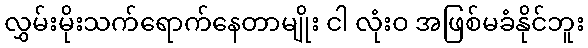
လွှမ်းမိုးသက်ရောက်နေတာမျိုး ငါ လုံးဝ အဖြစ်မခံနိုင်ဘူး